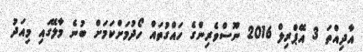
އާދިއްތަ 3 އޭޕްރިލް 2016 ނޫސްވެރިންގެ ހައްގުތައް ހޯދުމަށްކަމަށްް ބުނެ މާލޭގައި މިއަދު